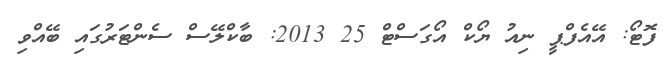
ފޮޓޯ: އޭއެފްޕީ ނިއު ޔޯކް އޯގަސްޓް 25 2013: ބާކްލޭސް ސެންޓަރުގައި ބޭއްވި